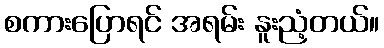
စကားပြောရင် အရမ်း နူးညံ့တယ်။